Riigikantselei, lk 323
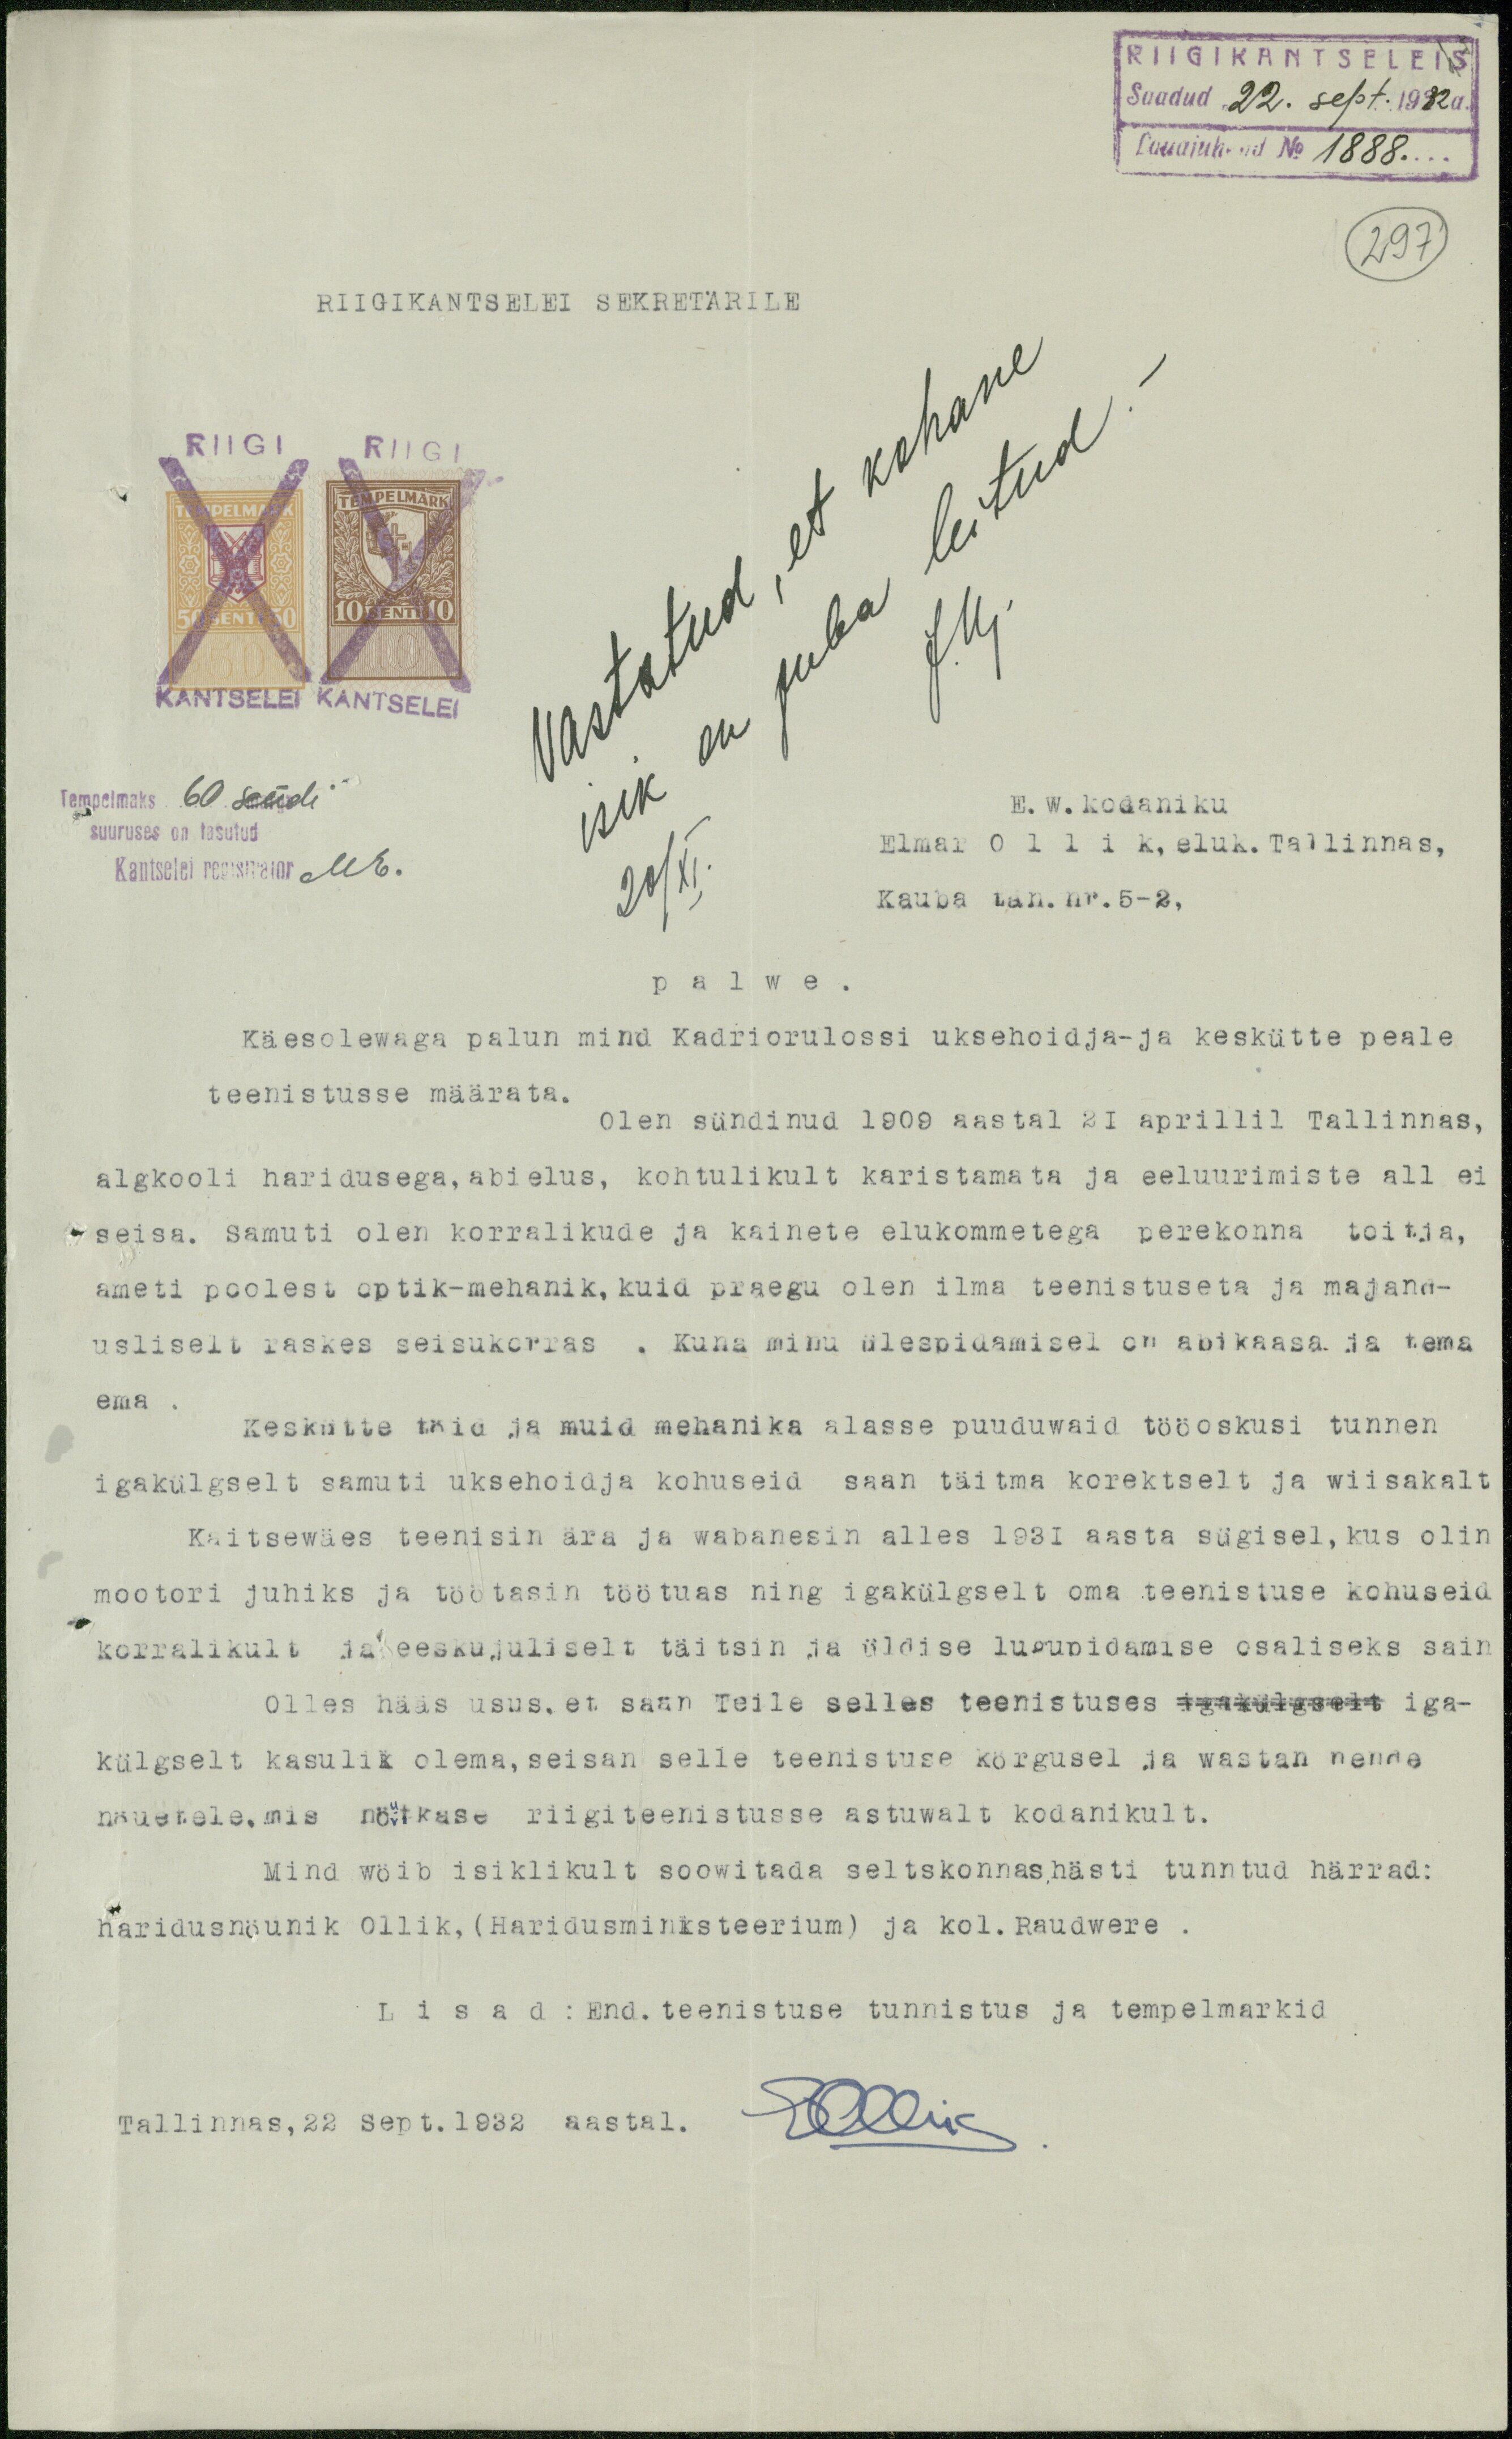
RIIGIKANTSELEIS
Saadud 22. sept. 1932 a.
Lauajuhend No 1888.
297
RIIGIKANTSELEI SEKRETÄRILE
Tempelmaks 60 sendi
suuruses on tasutud
Kantselei registrator
ME.
E. W. kodaniku
Elmar Ollik, eluk. Tallinnas,
Kauba tän. nr. 5 - 2,
palwe.
Käesolewaga palun mind Kadriorulossi uksehoidja- ja keskütte peale
teenistusse määrata.
Olen sündinud 1909 aastal 21 aprillil Tallinnas,
algkooli haridusega, abielus, kohtulikult karistamata ja eeluurimiste all ei
seisa. Samuti olen korralikude ja kainete elukommetega perekonna toitja,
ameti poolest optik-mehanik, kuid praegu olen ilma teenistuseta ja majand-
usliselt raskes seisukorras . Kuna minu ülespidamisel on abikaasa ja tema
ema
Keskütte töid ja muid mehanika alasse puuduwaid tööskusi tunnen
igakülgselt samuti uksehoidja kohuseid saan täitma korektselt ja wiisakalt
Kaitsewäes teenisin ära ja wabanesin alles 1931 aasta sügisel, kus olin
mootori juhiks ja töötasin töötuas ning igakülgselt oma teenistuse kohuseid
korralikult ja eeskujuliselt täitsin ja üldise lugupidamise osaliseks sain
Olles hääs usus, et saan Teile selles teenistuses  igakülgselt iga-
külgselt kasulik olema, seisan selle teenistuse kõrgusel ja wastan nende
nöuetele,mis nöutkase riigiteenistusse astuwalt kodanikult.
Mind wöib isiklikult soowitada seltskonnas hästi tunntud härrad:
haridusnöunik Ollik, (Haridusministeerium) ja kol. Raudwere .
Lisad: End. teenistuse tunnistus ja tempelmarkid
Tallinnas, 22 Sept.1932 aastal.
EOllik